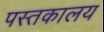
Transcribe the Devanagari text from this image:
पस्तकालय